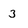
Character: 3